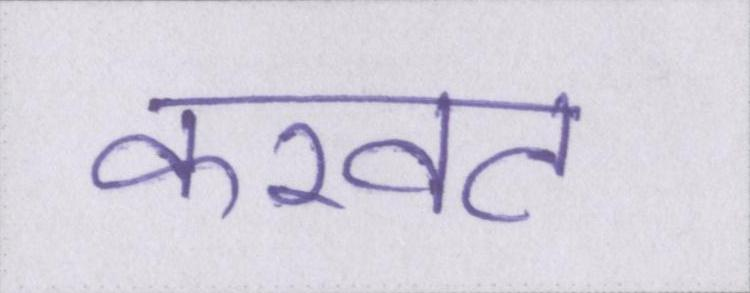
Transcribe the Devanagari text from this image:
करवट